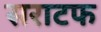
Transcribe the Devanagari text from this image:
सराटफ